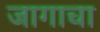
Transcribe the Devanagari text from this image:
जागाचा